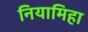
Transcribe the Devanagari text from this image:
नियामिहा